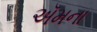
ઍમના